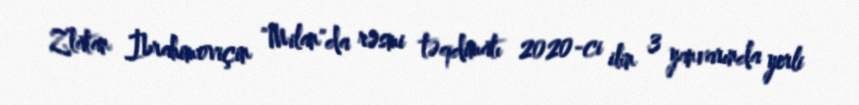
Zlatan İbrahimoviçin "Milan"da rəsmi təqdimatı 2020-ci ilin 3 yanvarında yerli